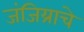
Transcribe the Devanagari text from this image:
जंजिय्राचे